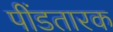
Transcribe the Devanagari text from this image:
पींडतारक